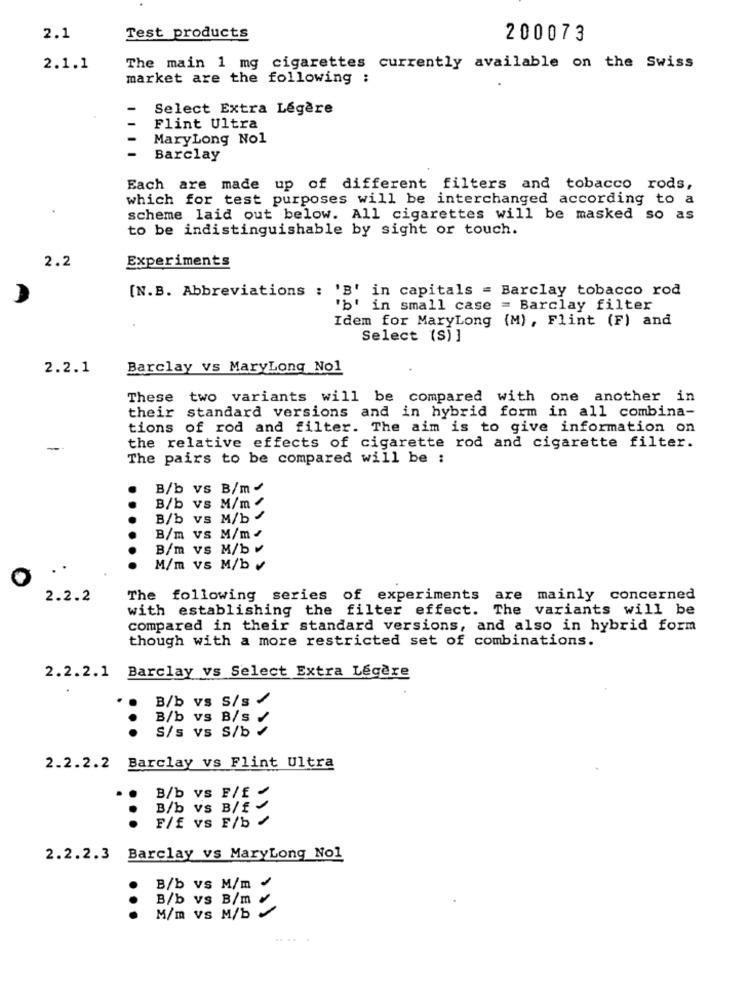
2.1
Test products
200073
2.1.1
The main 1 mg cigarettes currently available on the Swiss
market are the following ;
Select Extra Légère
Flint Ultra
MaryLong Nol
Barclay
Each are made up of different filters and tobacco rods,
which for test purposes will be interchanged according to a
scheme laid out below. All cigarettes will be masked so as
to be indistinguishable by sight or touch.
Experiments
2.2
[N.B. Abbreviations : 'B' in capitals = Barclay tobacco rod
'b' in small case = Barclay filter
Idem for MaryLong (M) , Flint (F) and
Select (S) ]
2.2.1
Barclay vs MaryLong No1
These two variants will be compared with one another in
their standard versions and in hybrid form in all combina-
tions of rod and filter. The aim is to give information on
-
the relative effects of cigarette rod and cigarette filter.
The pairs to be compared will be :
B/b vs B/m+
B/b vs M/m.
B/b vs M/b .
B/m VS M/m.
B/m vs M/bv
M/m vs M/b v
2.2.2
The following series of experiments
are mainly concerned
with establishing the filter effect. The variants will be
compared in their standard versions, and also in hybrid form
though with a more restricted set of combinations.
Barclay vs Select Extra Légère
2.2.2.1
B/b vs S/s /
B/b vs B/s /
S/s vs S/b
2.2.2.2 Barclay vs Flint Ultra
B/b vs F/f /
B/b vs B/f
F/f vs F/b
2.2.2.3 Barclay vs MaryLong No1
B/b vs M/m .
B/b vs B/my
M/m vs M/b
....